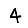
Digit: 4